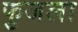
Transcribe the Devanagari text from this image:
फुजला